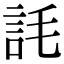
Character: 䚽